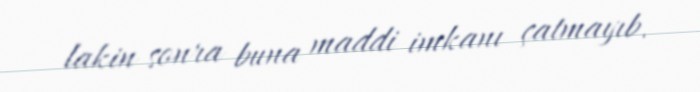
lakin sonra buna maddi imkanı çatmayıb.